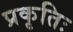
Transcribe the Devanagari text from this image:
प्रकृतिः